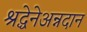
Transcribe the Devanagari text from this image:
श्रद्धेनेअन्नदान